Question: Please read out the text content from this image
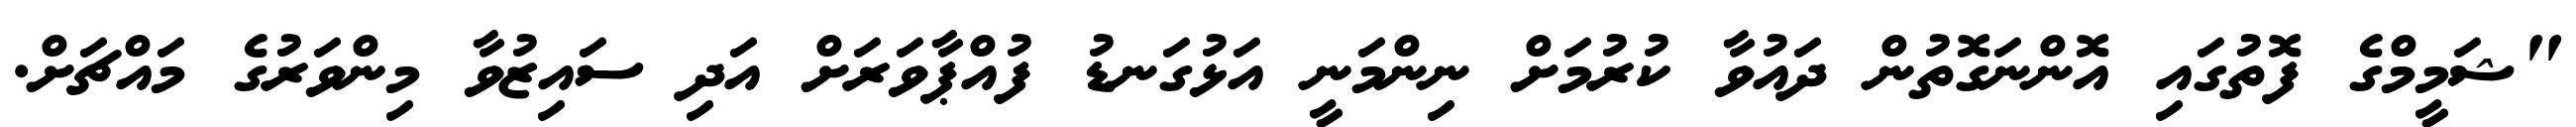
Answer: "ޝަމީމްގެ ފޮތުގައި އޮންނަގޮތުން ދައުވާ ކުރުމަށް ނިންމަނީ އަޅުގަނޑު ފުއްޕާވަރަށް އަދި ސައިޒުވާ މިންވަރުގެ މައްޗަށް.